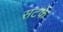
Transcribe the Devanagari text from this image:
सटके